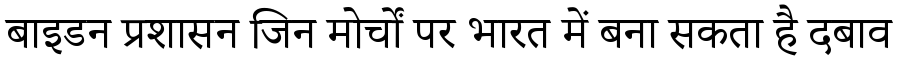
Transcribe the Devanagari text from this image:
बाइडन प्रशासन जिन मोर्चों पर भारत में बना सकता है दबाव